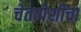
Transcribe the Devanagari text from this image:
चेतापेशीचा